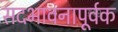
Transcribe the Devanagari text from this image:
सदभावनापूर्वक